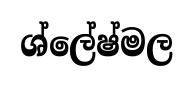
ශ්ලේෂ්මල